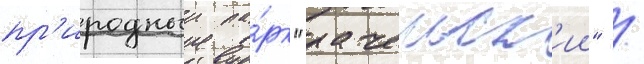
пр'иродныи па́рк "рачеиск'ии" /